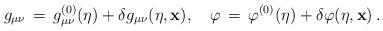
LaTeX: \begin{align*}g_{\mu \nu} \, =\, g^{(0)}_{\mu \nu}(\eta) +\delta g_{\mu \nu}(\eta ,{\bf x}), \quad \varphi \, =\,\varphi^{(0)}(\eta ) +\delta\varphi (\eta ,{\bf x})\, .\end{align*}